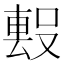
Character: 𭮻